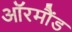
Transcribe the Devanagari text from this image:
ऑरमौंड